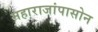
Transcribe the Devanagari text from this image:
महाराजांपासोन